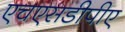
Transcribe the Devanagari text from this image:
एचएसडीपीए